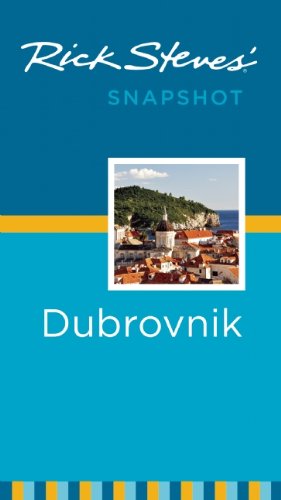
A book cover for Rick StevesEE Snapshot Dubrovnik; Rick Steves; Travel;